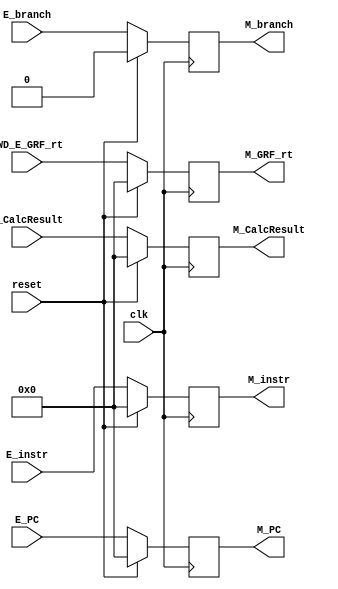
module M_REG(
    input clk,
    input reset,
    input [31:0] E_PC,
    input [31:0] E_instr,
    input [31:0] FWD_E_GRF_rt,
    input [31:0] E_CalcResult,
    input E_branch,
    output reg [31:0] M_PC,
    output reg [31:0] M_instr, 
    output reg [31:0] M_GRF_rt,  
    output reg [31:0] M_CalcResult,
    output reg M_branch);

    always @(posedge clk) begin
        if (reset) begin
            M_PC <= 32'h0;
            M_instr <= 32'h0;
            M_GRF_rt <= 32'h0;
            M_CalcResult <= 32'h0;
            M_branch <= 1'b0;
        end
        else begin
            M_PC <= E_PC;
            M_instr <= E_instr;
            M_GRF_rt <= FWD_E_GRF_rt;
            M_CalcResult <= E_CalcResult;
            M_branch <= E_branch;
        end
    end

endmodule